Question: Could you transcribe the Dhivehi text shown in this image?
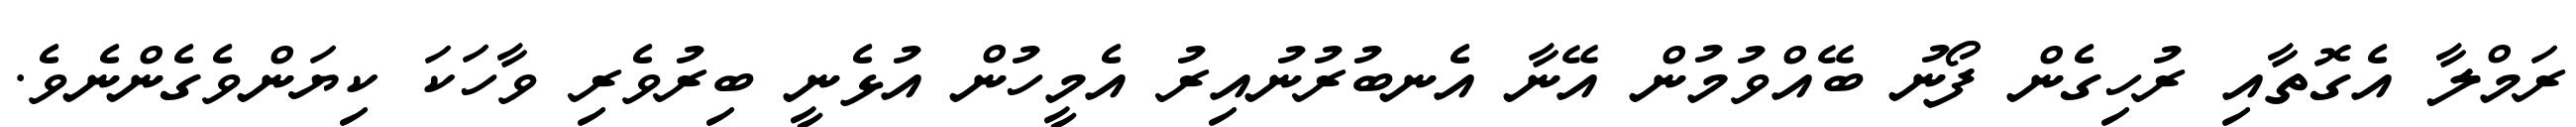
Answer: ރަމްލާ އެގޮތާއި ރުހިގެން ފޯނު ބޭއްވުމުން އޭނާ އެނބުރުނުއިރު އެމީހުން އުޅެނީ ބިރުވެރި ވާހަކަ ކިޔަންވެގެންނެވެ.